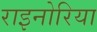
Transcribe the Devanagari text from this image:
राइनोरिया